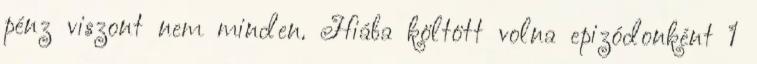
pénz viszont nem minden. Hiába költött volna epizódonként 1